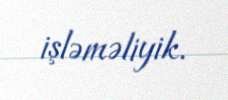
işləməliyik.